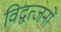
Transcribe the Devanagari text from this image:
विद्वत्जनों